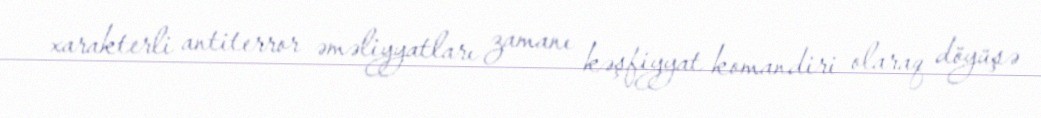
xarakterli antiterror əməliyyatları zamanı kəşfiyyat komandiri olaraq döyüşə